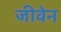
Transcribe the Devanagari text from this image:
जीवेन